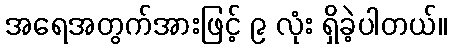
အရေအတွက်အားဖြင့် ၉ လုံး ရှိခဲ့ပါတယ်။